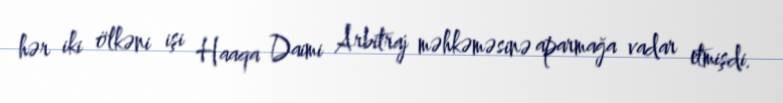
hər iki ölkəni işi Haaqa Daimi Arbitraj məhkəməsinə aparmağa vadar etmişdi.